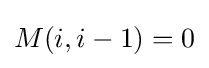
M(i,i-1)=0